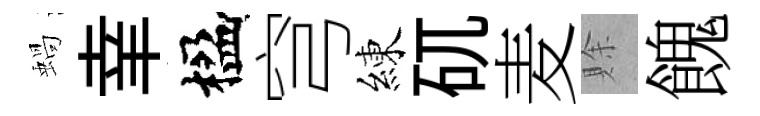
蝸𦍒楹穹練矹麦賖餽